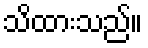
သိထားသည်။